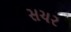
સચર